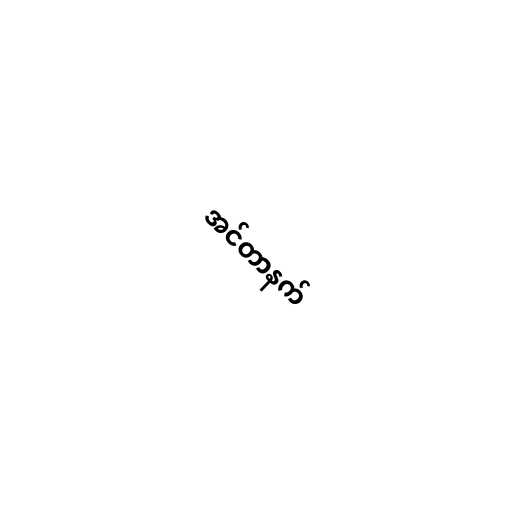
အင်တာနက်